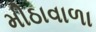
મીઠાવાળા